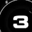
Digit: 3